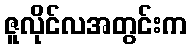
ဇူလိုင်လအတွင်းက